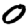
Digit: 0